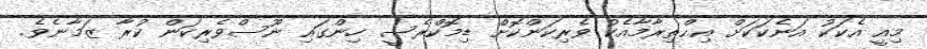
މިއީ އެކަކު އަނެކަކަށް އިޙްތިރާމާއެކު ވެރިކަންކޮށް ޑިމޮކްރެސީ ހިންގައި ނޫސްވެރިކަން ކުރާ ޒަމާނެވެ.